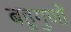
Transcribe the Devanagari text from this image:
बहुगुणों